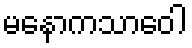
မနောကသာဝေါ